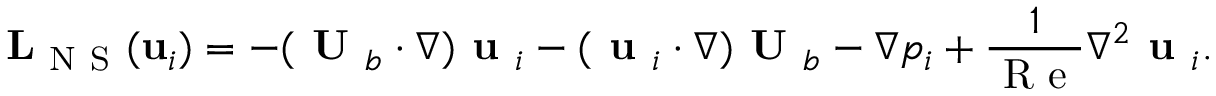
\mathbf { L } _ { \mathrm { ~ N ~ S ~ } } ( \mathbf { u } _ { i } ) = - ( \textbf { U } _ { b } \cdot \nabla ) \textbf { u } _ { i } - ( \textbf { u } _ { i } \cdot \nabla ) \textbf { U } _ { b } - \nabla p _ { i } + \frac { 1 } { \mathrm { ~ R ~ e ~ } } \nabla ^ { 2 } \textbf { u } _ { i } .